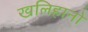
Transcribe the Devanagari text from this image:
खलिहानो